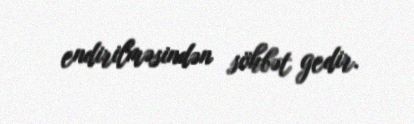
endirilməsindən söhbət gedir.